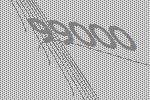
99000